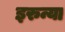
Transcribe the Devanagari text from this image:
इरुन्या